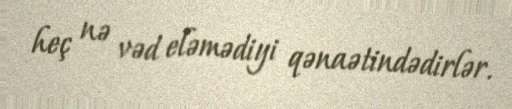
heç nə vəd eləmədiyi qənaətindədirlər.